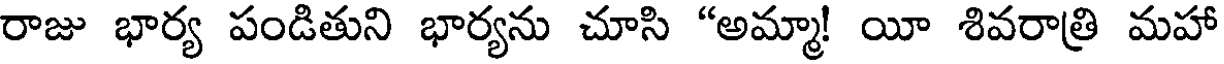
రాజు భార్య పండితుని భార్యను చూసి "అమ్మా! యీ శివరాత్రి మహా